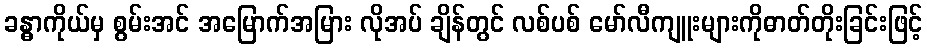
ခန္ဓာကိုယ်မှ စွမ်းအင် အမြောက်အမြား လိုအပ် ချိန်တွင် လစ်ပစ် မော်လီကျူးများကိုဓာတ်တိုးခြင်းဖြင့်